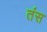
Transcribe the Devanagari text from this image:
तंस